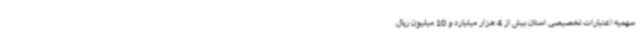
سهمیه اعتبارات تخصیصی استان بیش از 4 هزار میلیارد و 10 میلیون ریال